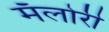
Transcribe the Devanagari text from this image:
मॅलोरी